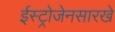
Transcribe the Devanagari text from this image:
ईस्ट्रोजेनसारखे